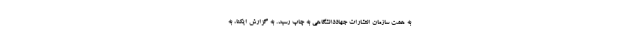
به همت سازمان انتشارات جهاددانشگاهی به چاپ رسید. به گزارش ایکنا، به